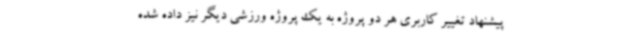
پیشنهاد تغییر کاربری هر دو پروژه به یک پروژه ورزشی دیگر نیز داده شده